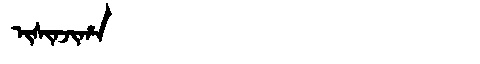
Manchu: ᡳᠰᡳᠨᠵᡳᡥᠠ
Romanization: ISINJIHA